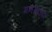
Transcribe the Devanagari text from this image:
मनसाऽपि